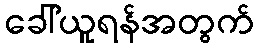
ခေါ်ယူရန်အတွက်